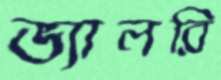
ভ্যালরি